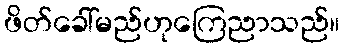
ဖိတ်ခေါ်မည်ဟုကြေညာသည်။